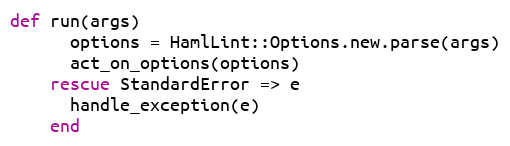
Language: Ruby
def run(args)
      options = HamlLint::Options.new.parse(args)
      act_on_options(options)
    rescue StandardError => e
      handle_exception(e)
    end